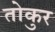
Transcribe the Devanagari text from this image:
तोकुर